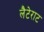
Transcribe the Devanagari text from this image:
लैटेराट